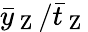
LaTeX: \bar{y}_{\mathrm{~Z~}}/\bar{t}_{\mathrm{~Z~}}